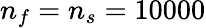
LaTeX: n_{f}=n_{s}=10000